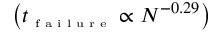
\left( t _ { \textrm { \tiny f a i l u r e } } \propto N ^ { - 0 . 2 9 } \right)